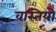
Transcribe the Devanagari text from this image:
वस्तियो